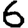
Digit: 6